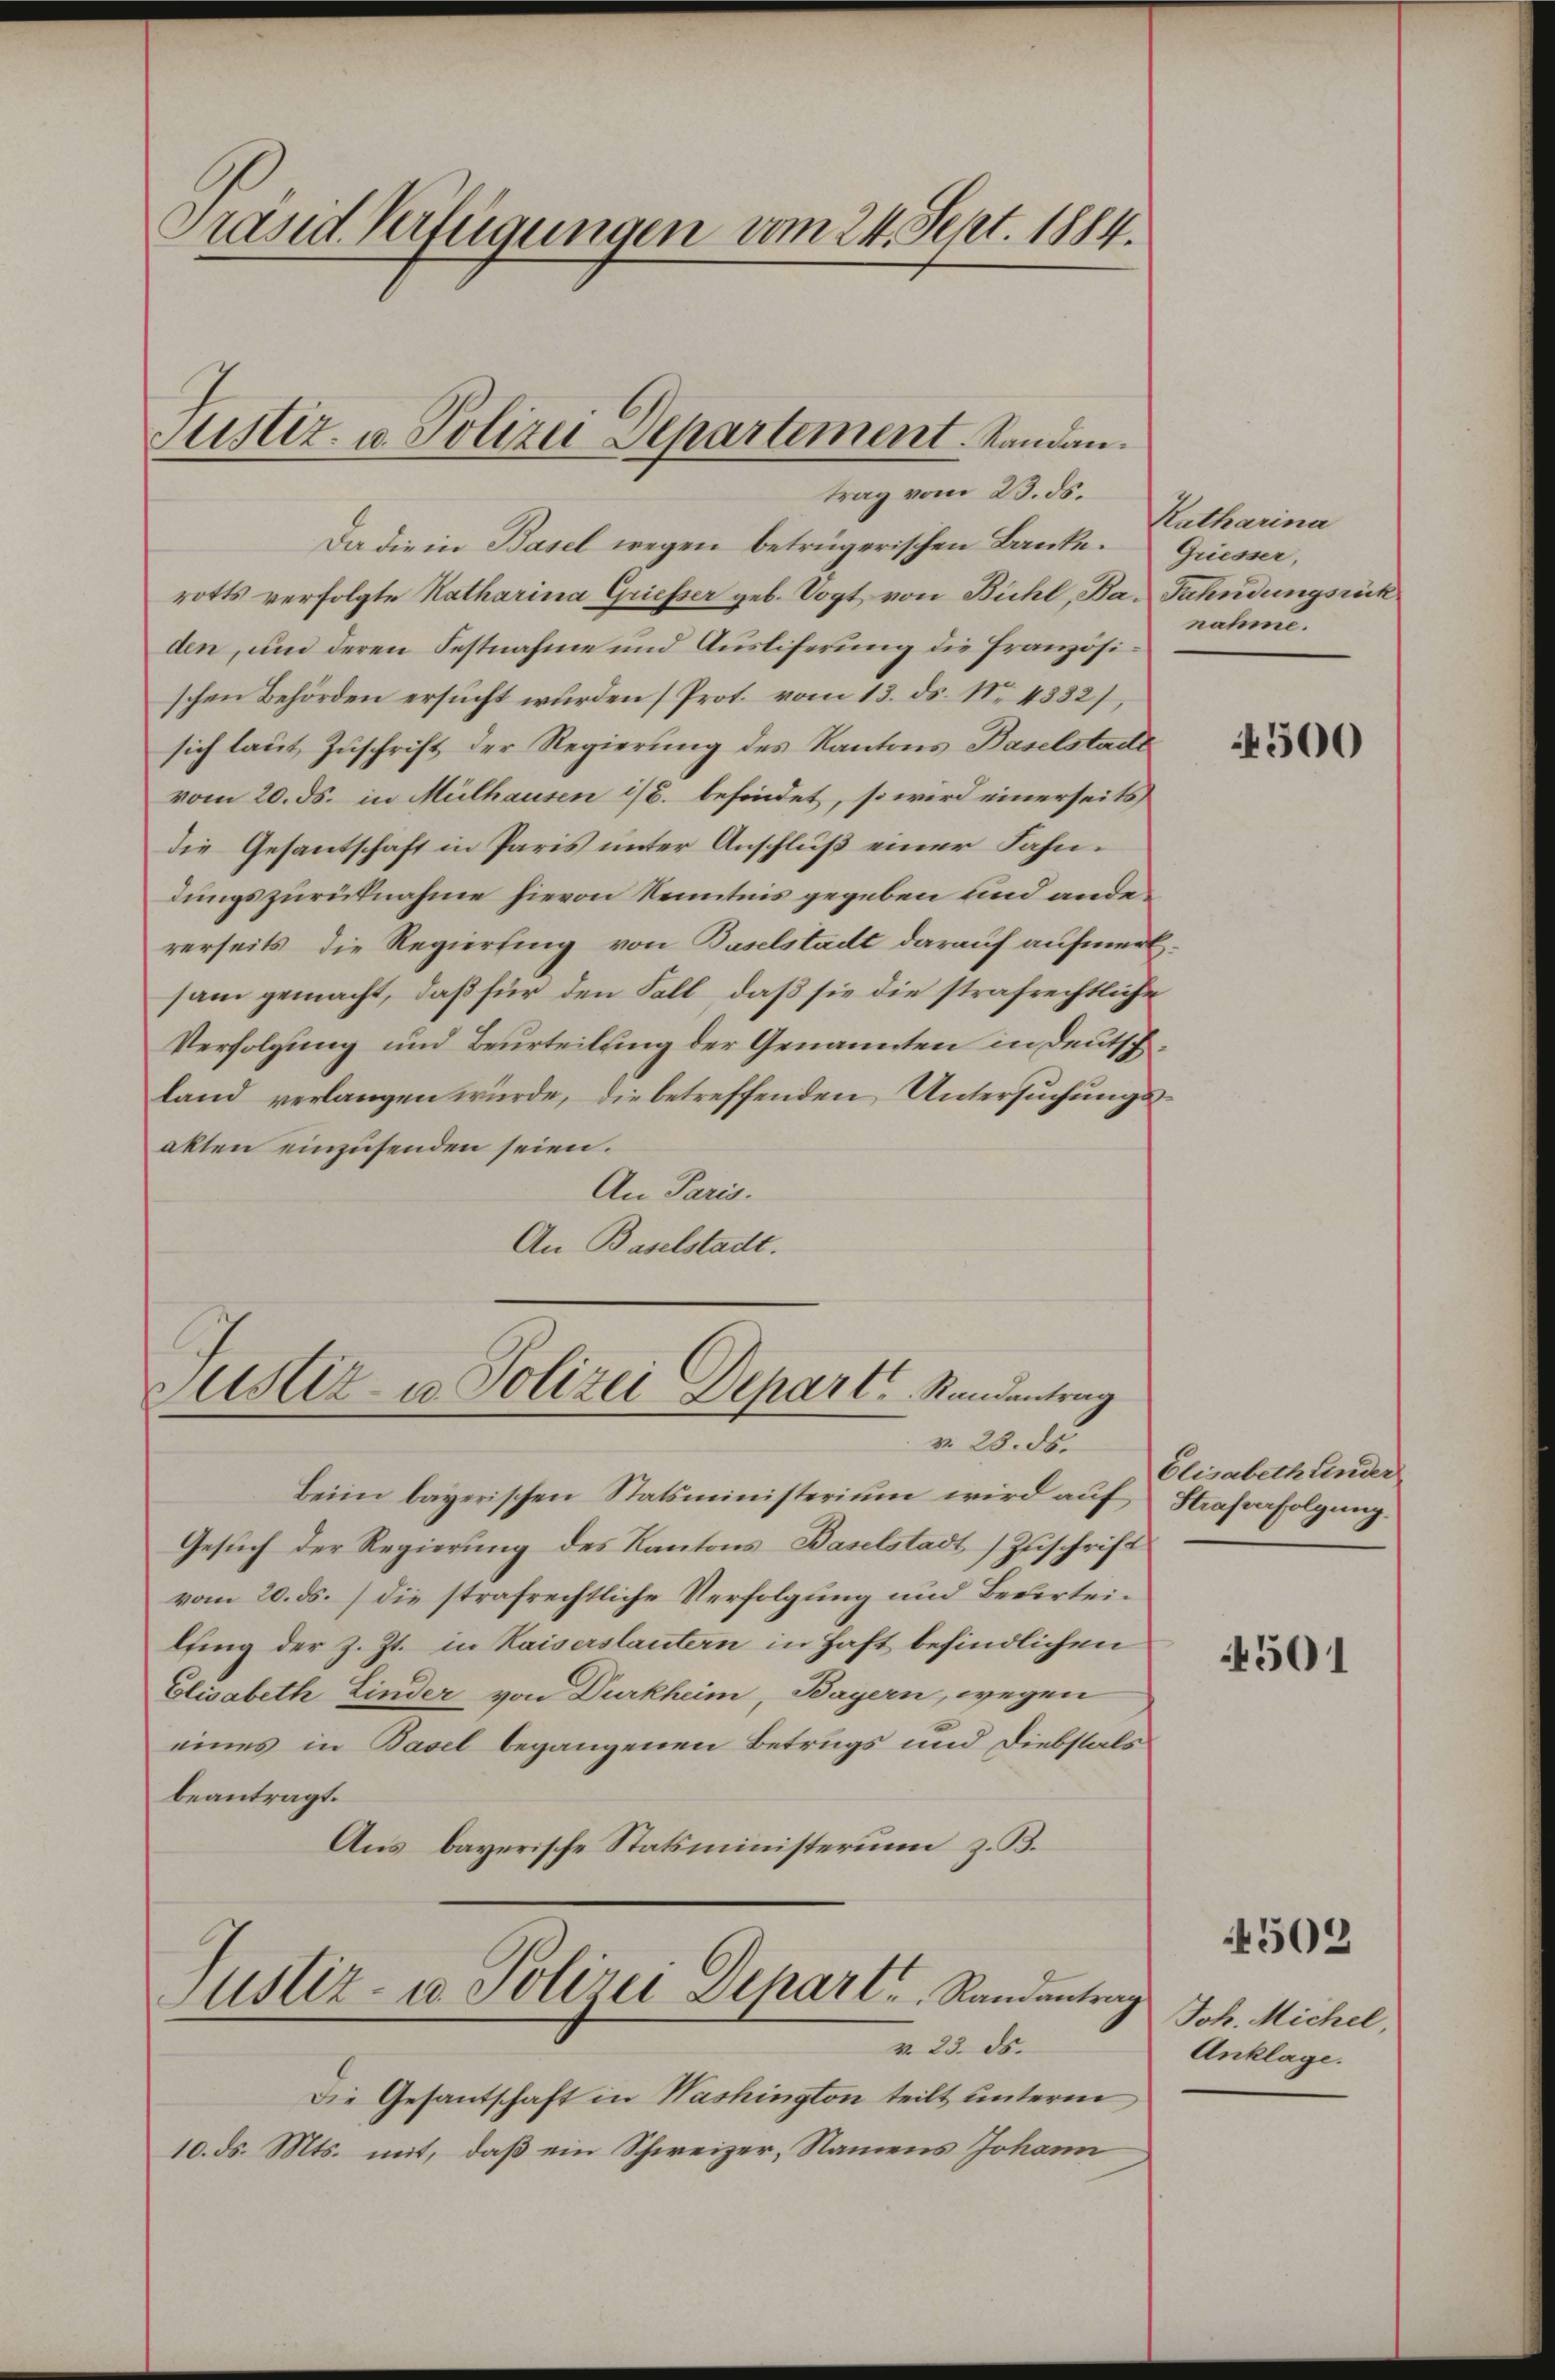
Präsid. Verfügungen vom 24. Sept. 1884.

Da die in Basel wegen betrügerischen Banke. Griesser,
rotts verfolgte Katharina Griesser geb. Vogt von Bühl, Ba- Fahndungsrück
den, und deren Festnahme und Ausliferung die Französischen Behörden ersucht wurden (Prot. vom 13. ds. No. 4332),
sich laut Zuschrift der Regierung des Kantons Baselstadt
vom 20. ds. in Mülhausen i/B. befindet, so wird einerseits
die Gesantschaft in Paris unter Anschluß einer Fahndungszurücknahme hievon Kenntnis gegeben und andererseits die Regierung von Baselstadt darauf aufmerksam gemacht, daß für den Fall, daß sie die strafrechtliche
Verfolgung und Beurteilung der Genannten in Deutschland verlangen würde, die betreffenden Untersuchungsakten einzusenden seien.
An Paris.
An Baselstadt.

Justiz- u. Polizei Departement. Standan
trag vom 23. ds.

Justiz- u. Polizei Depart Standeantrag
v. 23. ds.

Justiz- u. Polizei Depart Randantrag
v. 23. ds.

Beim bayerischen Statsministerium wird aŭf Strafverfolgung.
Gesuch der Regierung des Kantons Baselstadt Zuschrift
vom 20. ds. die strafrechtliche Verfolgung und Bederteilfing der z. Zt. in Kaiserstautern in Haft befindlichen
Elisabeth Linder von Dürkheim, Bayern, wegen
eines in Basel begangenen Betrugs und Diebstals
beantragt.
Aus bayerische Statsministerium z. B.

Die Gesantschaft in Washington teilt unterm
10. ds. Mts. mit, daß ein Schweizer, Namens Johann

Katharina
nahme.

4300

Elisabeth finder

4501

4502

Joh. Michel,
Anklage.